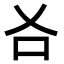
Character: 𠮣